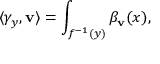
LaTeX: \langle \gamma _ { y } , \mathbf { v } \rangle = \int _ { f ^ { - 1 } ( y ) } \beta _ { \mathbf { v } } ( x ) ,